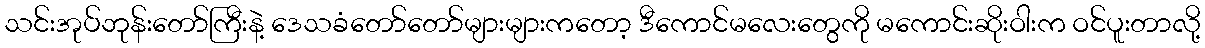
သင်းအုပ်ဘုန်းတော်ကြီးနဲ့ ဒေသခံတော်တော်များများကတော့ ဒီကောင်မလေးတွေကို မကောင်းဆိုးဝါးက ဝင်ပူးတာလို့